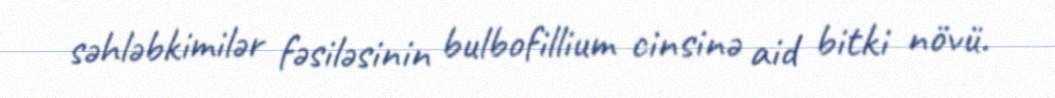
səhləbkimilər fəsiləsinin bulbofillium cinsinə aid bitki növü.